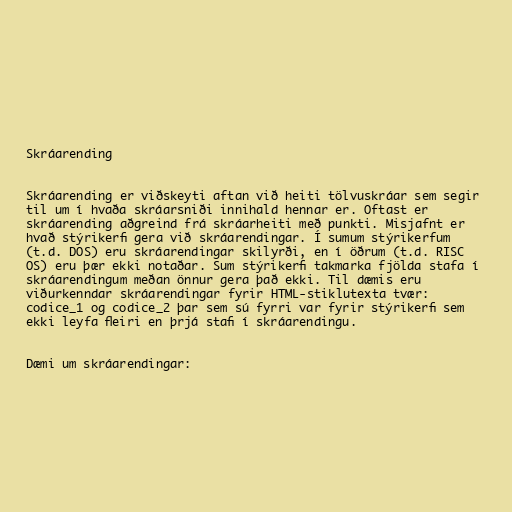
Skráarending

Skráarending er viðskeyti aftan við heiti tölvuskráar sem segir
til um í hvaða skráarsniði innihald hennar er. Oftast er
skráarending aðgreind frá skráarheiti með punkti. Misjafnt er
hvað stýrikerfi gera við skráarendingar. Í sumum stýrikerfum
(t.d. DOS) eru skráarendingar skilyrði, en í öðrum (t.d. RISC
OS) eru þær ekki notaðar. Sum stýrikerfi takmarka fjölda stafa í
skráarendingum meðan önnur gera það ekki. Til dæmis eru
viðurkenndar skráarendingar fyrir HTML-stiklutexta tvær:
codice_1 og codice_2 þar sem sú fyrri var fyrir stýrikerfi sem
ekki leyfa fleiri en þrjá stafi í skráarendingu.

Dæmi um skráarendingar: